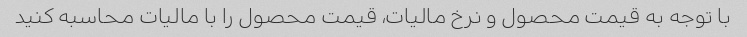
با توجه به قیمت محصول و نرخ مالیات، قیمت محصول را با مالیات محاسبه کنید